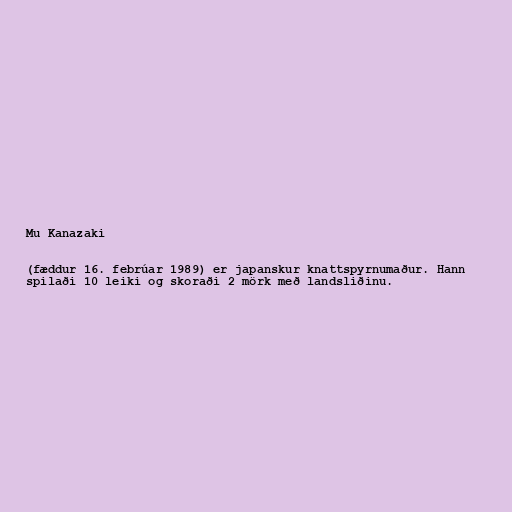
Mu Kanazaki

(fæddur 16. febrúar 1989) er japanskur knattspyrnumaður. Hann
spilaði 10 leiki og skoraði 2 mörk með landsliðinu.